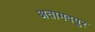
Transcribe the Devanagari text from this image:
अतामदपुर